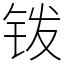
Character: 䥽